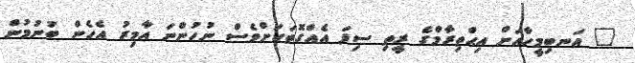
" އަނބިމީހާއަށް އިޙްތިރާމްގެ ރީތި ސިފަ އެއްގޮތަކަށްވެސް ނުހުންނަ އާމިރު އެހެން ބުނުމުން